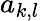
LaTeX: a_{k,l}